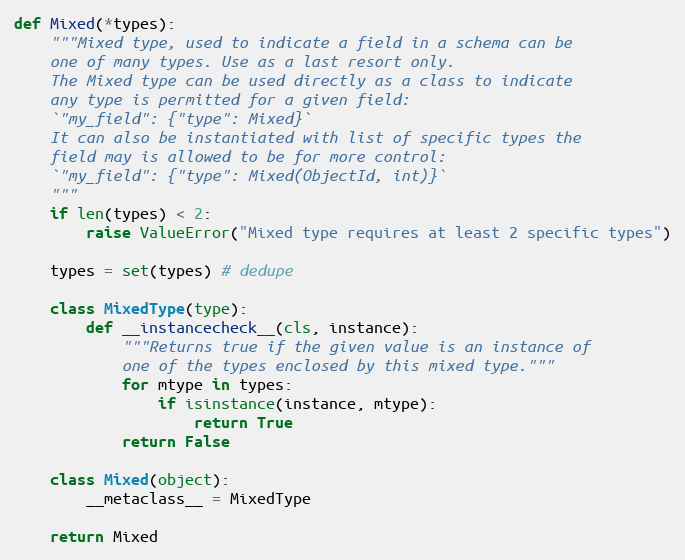
Language: Python
def Mixed(*types):
    """Mixed type, used to indicate a field in a schema can be
    one of many types. Use as a last resort only.
    The Mixed type can be used directly as a class to indicate
    any type is permitted for a given field:
    `"my_field": {"type": Mixed}`
    It can also be instantiated with list of specific types the
    field may is allowed to be for more control:
    `"my_field": {"type": Mixed(ObjectId, int)}`
    """
    if len(types) < 2:
        raise ValueError("Mixed type requires at least 2 specific types")

    types = set(types) # dedupe

    class MixedType(type):
        def __instancecheck__(cls, instance):
            """Returns true if the given value is an instance of
            one of the types enclosed by this mixed type."""
            for mtype in types:
                if isinstance(instance, mtype):
                    return True
            return False

    class Mixed(object):
        __metaclass__ = MixedType

    return Mixed